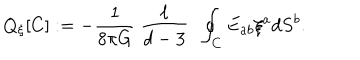
LaTeX: Q _ { \xi } [ C ] : = - \frac { 1 } { 8 \pi G } ~ \frac { \ell } { d - 3 } ~ ~ \oint _ { C } E _ { a b } \xi ^ { a } d S ^ { b } .